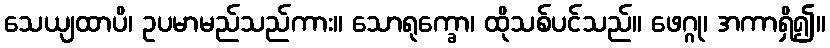
သေယျထာပိ၊ ဥပမာမည်သည်ကား။ သောရုက္ခော၊ ထိုသစ်ပင်သည်။ ဖေဂ္ဂု၊ အကာရှိ၍။